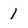
Character: 1